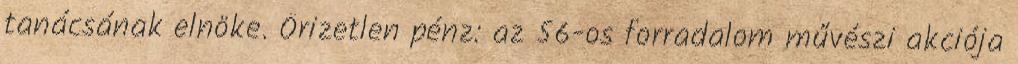
tanácsának elnöke. Őrizetlen pénz: az 56-os forradalom művészi akciója